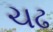
ચઢ